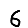
Digit: 6